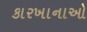
કારખાનાઓ